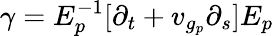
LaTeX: \gamma=E_{p}^{-1}[\partial_{t}+v_{g_{p}}\partial_{s}]E_{p}